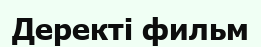
Деректі фильм